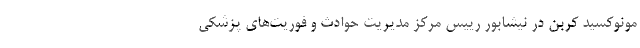
مونوکسید کربن در نیشابور رییس مرکز مدیریت حوادث و فوریت‌های پزشکی